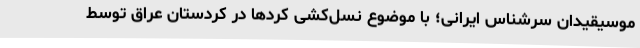
موسیقیدان سرشناس ایرانی؛ با موضوع نسل‌كشی كردها در كردستان عراق توسط